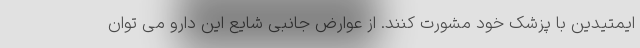
ایمتیدین با پزشک خود مشورت کنند. از عوارض جانبی شایع این دارو می توان